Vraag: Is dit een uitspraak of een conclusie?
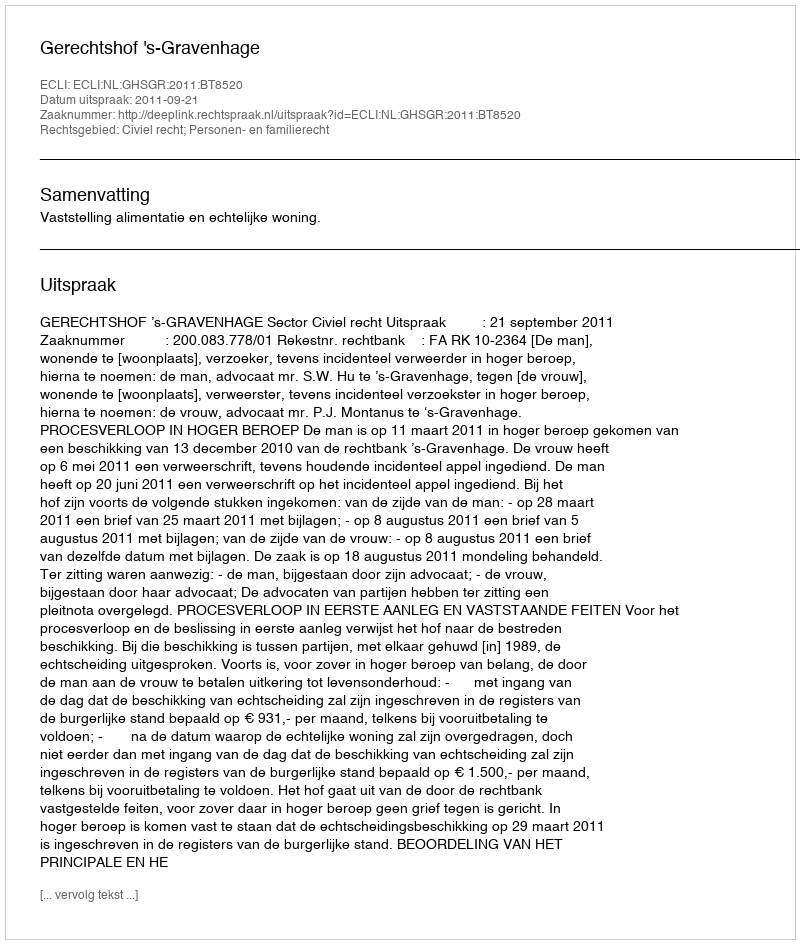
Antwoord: Uitspraak